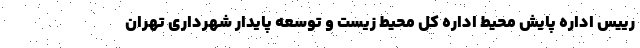
رییس اداره پایش محیط اداره کل محیط زیست و توسعه پایدار شهرداری تهران